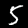
Label: 5